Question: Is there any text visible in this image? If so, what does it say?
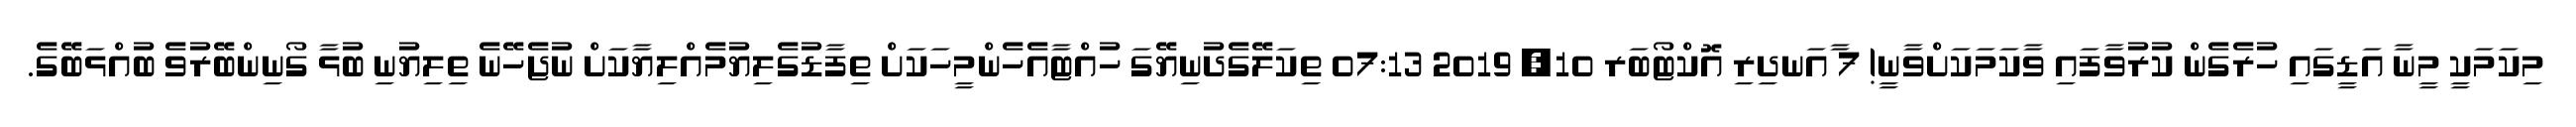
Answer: މިކަމަކީ މީނާ އަޑީގައި ހުރެގެން ކުރުވާފައި ވާކަމަކަށްވާނީ! 7 ާއަނދިރި އޮކްޓޯބަރ 10, 2019 07:13 ތިކަލޭގެދުނިޔޭގަ ހުއްޓާއެހެންމީހަކަށް ތިފާޑުގެލިޔުމެއްލިޔާކަށް ނުޖެހޭނެ ތިލިޔުނި ބުޅާ ގޯނިންބޭރުވެ ބުއްޅަބޭގެ.